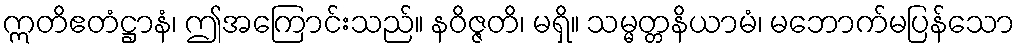
ဣတိဧတံဋ္ဌာနံ၊ ဤအကြောင်းသည်။ နဝိဇ္ဇတိ၊ မရှိ။ သမ္မတ္တနိယာမံ၊ မဘောက်မပြန်သော